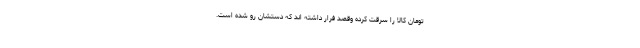
تومان کالا را سرقت کرده وقصد فرار داشته اند که دستشان رو شده است.